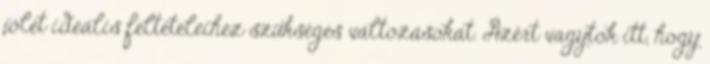
jólét ideális feltételeihez szükséges változásokat. Azért vagytok itt, hogy